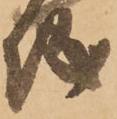
城